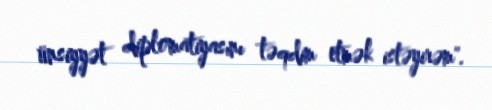
ünsiyyət diplomatiyasını təqdim etmək istəyirəm".